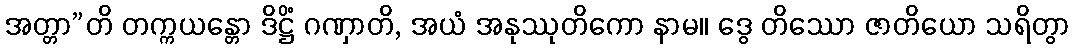
အတ္တာ”တိ တက္ကယန္တော ဒိဋ္ဌိံ ဂဏှာတိ, အယံ အနုဿုတိကော နာမ။ ဒွေ တိဿော ဇာတိယော သရိတွာ